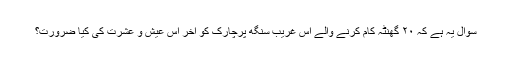
سوال یہ ہے کہ ۲۰ گھنٹہ کام کرنے والے اس غریب سنگھ پرچارک کو آخر اس عیش و عشرت کی کیا ضرورت؟